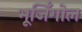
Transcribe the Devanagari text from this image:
भूजिँगोल